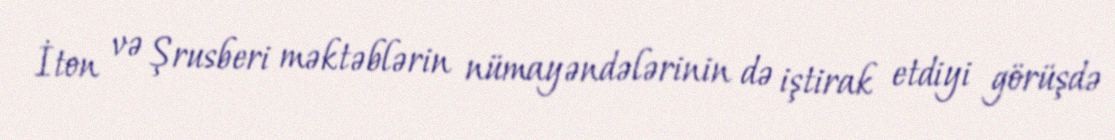
İton və Şrusberi məktəblərin nümayəndələrinin də iştirak etdiyi görüşdə